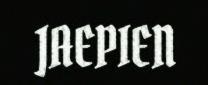
JAEPIEN